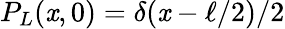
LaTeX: P_{L}(\mathit{x},0)=\delta(\mathit{x}-\ell/2)/2